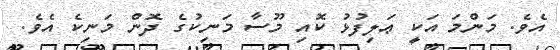
އެވެ. މަންމަ އަކީ ޢަލިފުޅު ކޮއި މޫސާ މަނިކުގެ ދޮން މަނިކެ އެވެ.